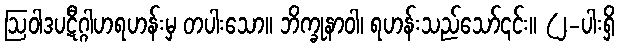
ဩဝါဒပဋီဂ္ဂါဟရဟန်းမှ တပါးသော။ ဘိက္ခုနာဝါ၊ ရဟန်းသည်သော်၎င်း။ (၂-ပါးရှိ